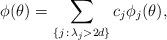
LaTeX: \begin{align*}\phi(\theta)=\sum_{\{j\,:\, \lambda_j>2d\}} c_j \phi_j(\theta),\end{align*}